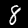
Digit: 8